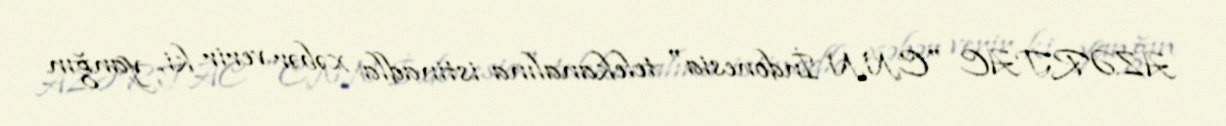
AZƏRTAC "CNN İndonesia" telekanalına istinadla xəbər verir ki, yanğın